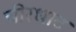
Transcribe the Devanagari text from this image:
चीरधाट